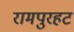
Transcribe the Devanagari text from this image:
रामपुरहट